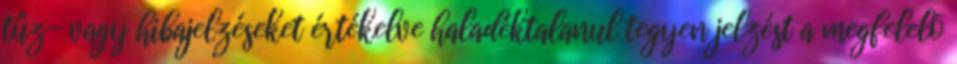
tûz- vagy hibajelzéseket értékelve haladéktalanul tegyen jelzést a megfelelõ